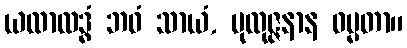
ယထာလဒ္ဓံ ဘဝံ သာယံ, ပုထုဇ္ဇနာန ဓမ္မတာ။